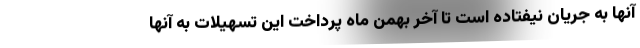
آنها به جریان نیفتاده است تا آخر بهمن ماه پرداخت این تسهیلات به آنها